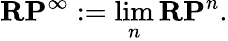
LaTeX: \mathbf{RP}^{\infty}:=\operatorname*{lim}_{n}\mathbf{RP}^{n}.